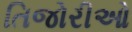
તિજોરીઓ